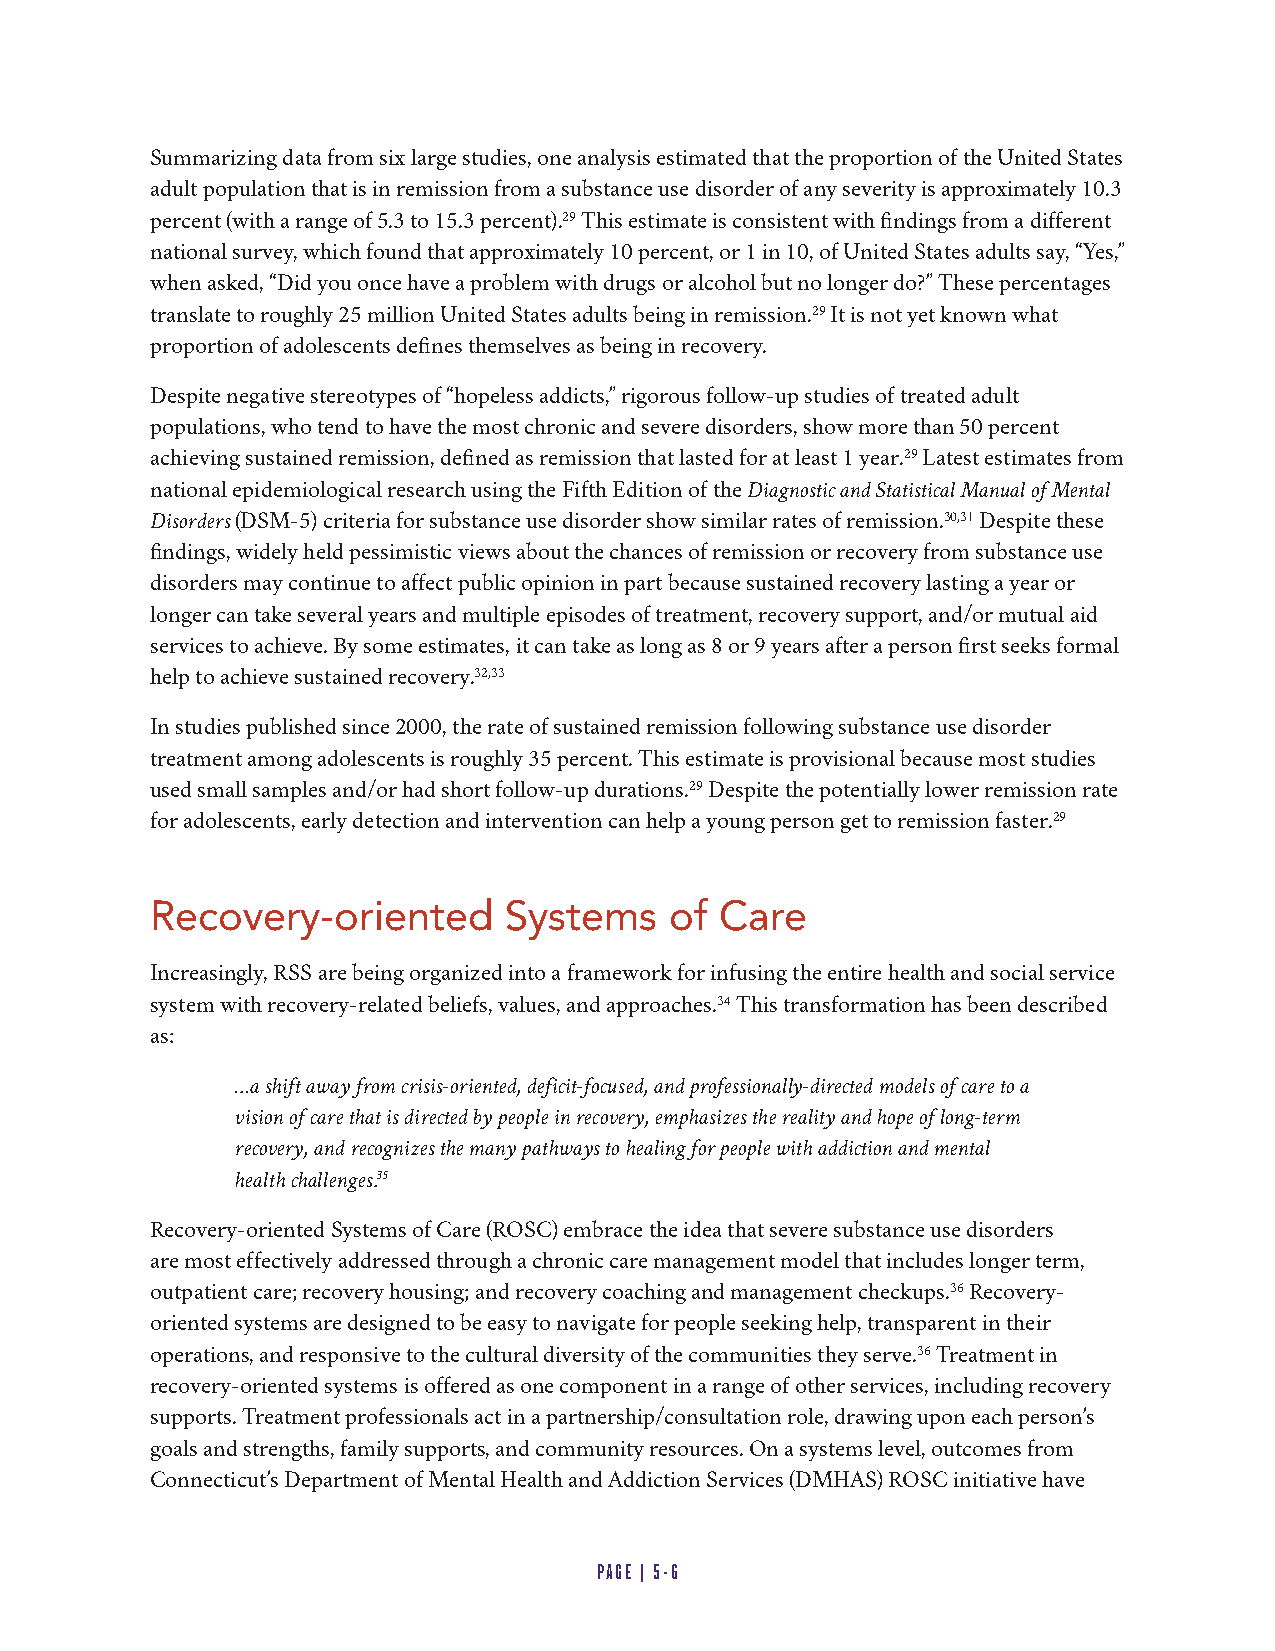
Summarizing data from six large studies, one analysis estimated that the proportion of the United States
 adult population that is in remission from a substance use disorder of any severity is approximately 10.3
 percent (with a range of 5.3 to 15.3 percent).29 This estimate is consistent with findings from a different
 national survey, which found that approximately 10 percent, or 1 in 10, of United States adults say, “Yes,”
 when asked, “Did you once have a problem with drugs or alcohol but no longer do?” These percentages
 translate to roughly 25 million United States adults being in remission.29 It is not yet known what
 proportion of adolescents defines themselves as being in recovery.
 Despite negative stereotypes of “hopeless addicts,” rigorous follow-up studies of treated adult
 populations, who tend to have the most chronic and severe disorders, show more than 50 percent
 achieving sustained remission, defined as remission that lasted for at least 1 year.29 Latest estimates from
 national epidemiological research using the Fifth Edition of the Diagnostic and Statistical Manual of Mental
 Disorders (DSM-5) criteria for substance use disorder show similar rates of remission.30,31 Despite these
 findings, widely held pessimistic views about the chances of remission or recovery from substance use
 disorders may continue to affect public opinion in part because sustained recovery lasting a year or
 longer can take several years and multiple episodes of treatment, recovery support, and/or mutual aid
 services to achieve. By some estimates, it can take as long as 8 or 9 years after a person first seeks formal
 help to achieve sustained recovery.32,33
 In studies published since 2000, the rate of sustained remission following substance use disorder
 treatment among adolescents is roughly 35 percent. This estimate is provisional because most studies
 used small samples and/or had short follow-up durations.29 Despite the potentially lower remission rate
 for adolescents, early detection and intervention can help a young person get to remission faster.29
 Recovery-oriented      Systems    of  Care
 Increasingly, RSS are being organized into a framework for infusing the entire health and social service
 system with recovery-related beliefs, values, and approaches.34 This transformation has been described
 as:
 …a shift away from crisis-oriented, deficit-focused, and professionally-directed models of care to a
 vision of care that is directed by people in recovery, emphasizes the reality and hope of long-term
 recovery, and recognizes the many pathways to healing for people with addiction and mental
 health challenges.35
 Recovery-oriented Systems of Care (ROSC) embrace the idea that severe substance use disorders
 are most effectively addressed through a chronic care management model that includes longer term,
 outpatient care; recovery housing; and recovery coaching and management checkups.36 Recovery-
 oriented systems are designed to be easy to navigate for people seeking help, transparent in their
 operations, and responsive to the cultural diversity of the communities they serve.36 Treatment in
 recovery-oriented systems is offered as one component in a range of other services, including recovery
 supports. Treatment professionals act in a partnership/consultation role, drawing upon each person’s
 goals and strengths, family supports, and community resources. On a systems level, outcomes from
 Connecticut’s Department of Mental Health and Addiction Services (DMHAS) ROSC initiative have
 PAGE | 5-6